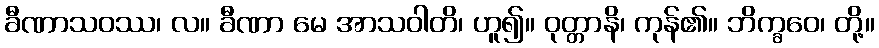
ခီဏာသဝဿ၊ လ။ ခီဏာ မေ အာသဝါတိ၊ ဟူ၍။ ဝုတ္တာနိ၊ ကုန်၏။ ဘိက္ခဝေ၊ တို့။